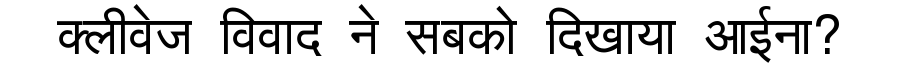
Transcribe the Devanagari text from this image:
क्लीवेज विवाद ने सबको दिखाया आईना?